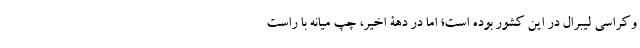
وکراسی لیبرال در این کشور بوده است؛ اما در دهۀ اخیر، چپ میانه با راست